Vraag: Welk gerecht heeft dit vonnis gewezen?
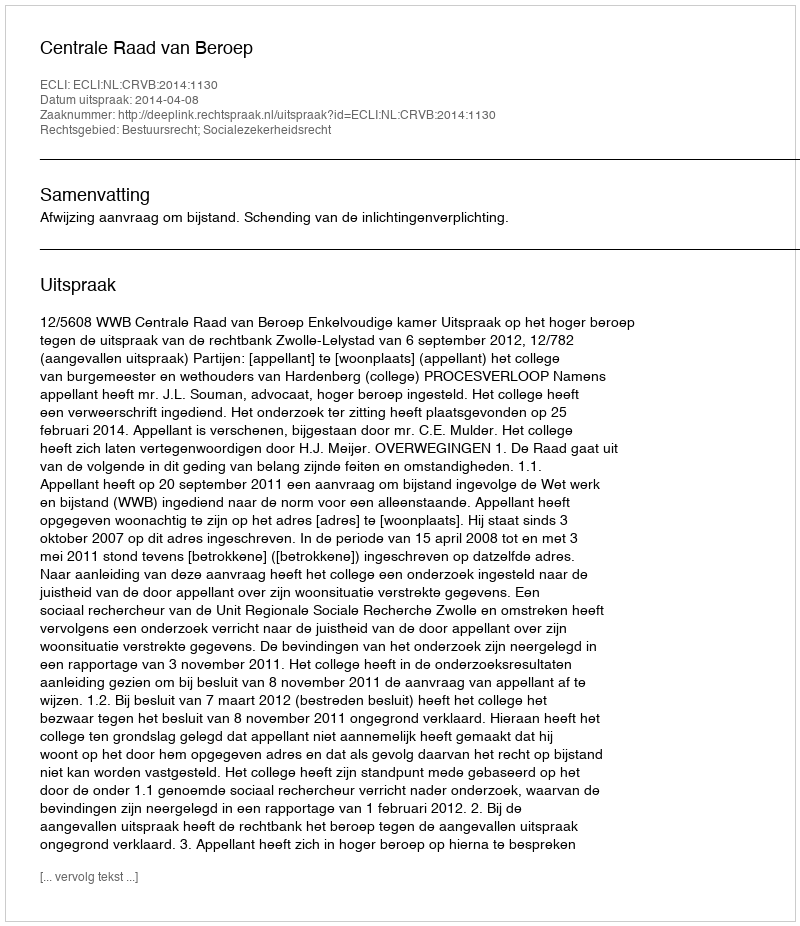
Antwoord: Centrale Raad van Beroep